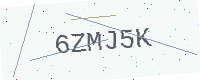
Text: 6ZMJ5K